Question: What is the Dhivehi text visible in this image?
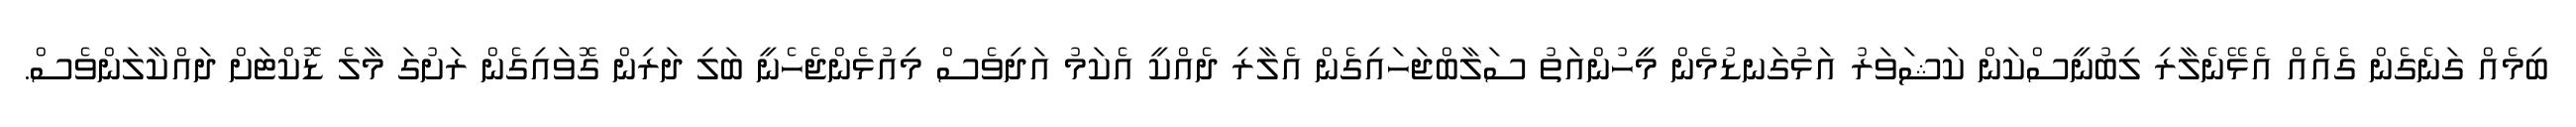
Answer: ބިމެއް ގަނެގެން ގެއެއް އެޅޭނެލާރި ލިބުނީސްކަން ކަޝަވަރު އަޅުގަނޑުމެން މީހުންއަތު ސަލާބްޖަހައިގެން އެލާރި ދެއްކީ އެކަމު އަދިވެސް މިއުޅެންޖެހެނީ ބަލި ދަރިން ގޮވައިގެން ރަށުގަ މާލެ ޑޮކްޓަށް ދައްކާލަންވެސް.